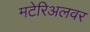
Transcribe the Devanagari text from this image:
मटेरिअलवर